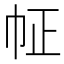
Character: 𢁿